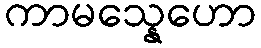
ကာမသ္နေဟော